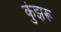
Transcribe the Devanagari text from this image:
कुंझरू